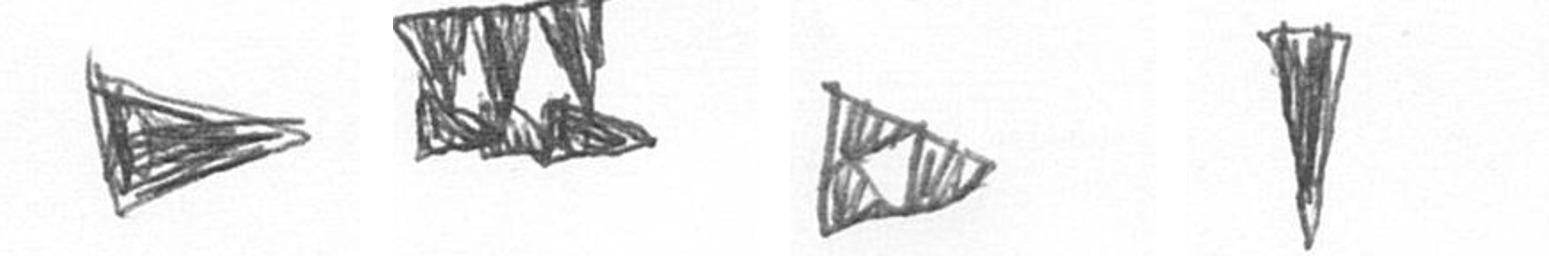
T D K J